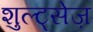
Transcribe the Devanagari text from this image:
शुल्ट्सेज़